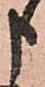
申